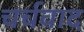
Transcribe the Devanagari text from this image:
चर्चवाद